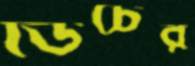
ডিচের